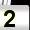
Digit: 2